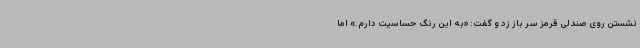
نشستن روی صندلی قرمز سر باز زد و گفت: «به این رنگ حساسیت دارم.» اما